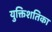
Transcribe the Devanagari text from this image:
युक्तिशतिका